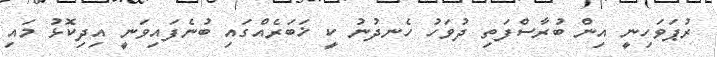
ރުޕަވަހިނީ އިން ބުރާސްފަތި ދުވަހު ހެނދުނު ކީ ޚަބަރެއްގައި ބުނެފައިވަނީ އިދިކޮޅު މައި